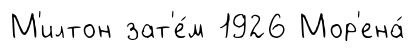
М'илтон зат'е́м 1926 Мор'ена́